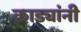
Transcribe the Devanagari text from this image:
काड्यांनी